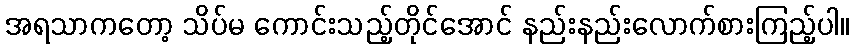
အရသာကတော့ သိပ်မ ကောင်းသည့်တိုင်အောင် နည်းနည်းလောက်စားကြည့်ပါ။